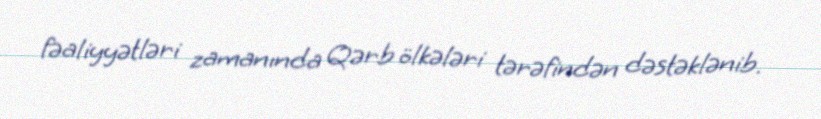
fəaliyyətləri zamanında Qərb ölkələri tərəfindən dəstəklənib.